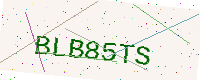
Text: BLB85TS